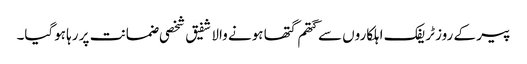
پیر کے روز ٹریفک اہلکاروں سے گتھم گتھا ہونے والا شفیق شخصی ضمانت پر رہا ہوگیا۔